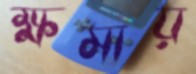
ক্ষমায়